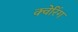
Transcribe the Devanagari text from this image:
क्वेरिंग